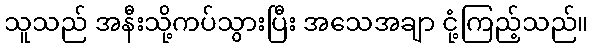
သူသည် အနီးသို့ကပ်သွားပြီး အသေအချာ ငုံ့ကြည့်သည်။